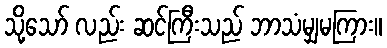
သို့သော် လည်း ဆင်ကြီးသည် ဘာသံမျှမကြား။